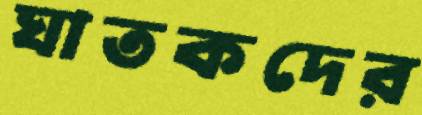
ঘাতকদের